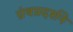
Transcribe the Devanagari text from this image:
ग्रंथप्रदर्शने